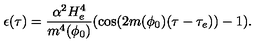
\epsilon ( \tau ) = \frac { \alpha ^ { 2 } H _ { e } ^ { 4 } } { m ^ { 4 } ( \phi _ { 0 } ) } ( \cos ( 2 m ( \phi _ { 0 } ) ( \tau - \tau _ { e } ) ) - 1 ) .